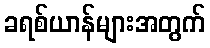
ခရစ်ယာန်များအတွက်